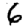
Digit: 6